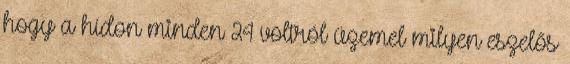
hogy a hídon minden 24 voltról üzemel milyen eszelős